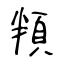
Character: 頖